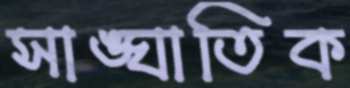
সাঙ্ঘাতিক